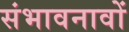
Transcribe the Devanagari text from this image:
संभावनावों